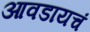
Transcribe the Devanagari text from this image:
आवडायचं